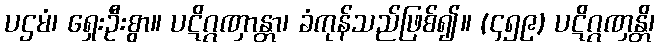
ပဌမံ၊ ရှေးဦးစွာ။ ပဋိဂ္ဂဏှာန္တာ၊ ခံကုန်သည်ဖြစ်၍။ (၄၅၉) ပဋိဂ္ဂဏှန္တိ၊